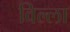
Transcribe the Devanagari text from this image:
विल्‍ला